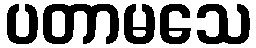
ပတာမသေ